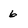
Character: 6